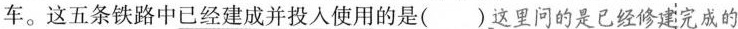
车。这五条铁路中已经建成并投入使用的是( ) 这里问的是已经修建完成的